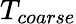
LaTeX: T_{coarse}